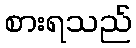
စားရသည်